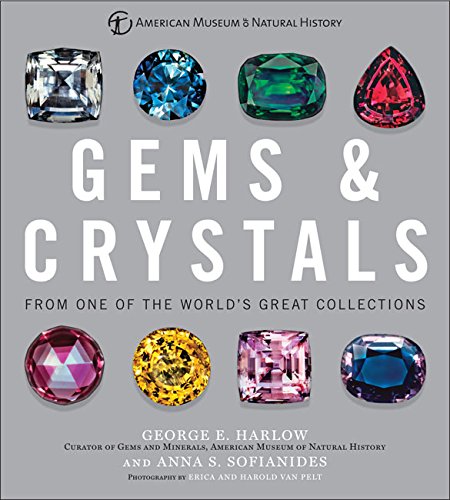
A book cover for Gems & Crystals: From One of the WorldEEs Great Collections; George E Harlow; Science & Math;